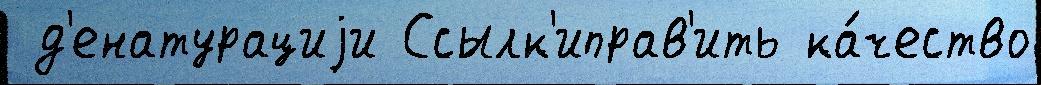
 д'енатурациjи Ссылк'иправ'ить ка́чество